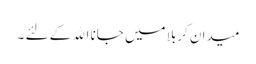
میدان کربلا میں جانا اﷲ کے لئے ۔